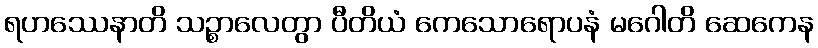
ရဟဿေနာတိ သဉ္စာလေတွာ ပီတိယံ ကေသောရောပနံ မဂေါတိ ဆေကေန